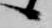
候